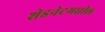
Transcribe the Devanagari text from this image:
शेडनेटमधील